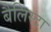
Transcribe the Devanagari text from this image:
बैलिस्टा